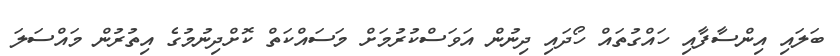
ބަލައި އިންސާފާއި ހައްގުތައް ހޯދައި ދިނުން އަވަސްކުރުމަށް މަސައްކަތް ކޮށްދިނުމުގެ އިތުރުން މައްސަލަ